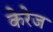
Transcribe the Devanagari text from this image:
केरेज